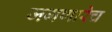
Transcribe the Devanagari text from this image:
जगणारेच